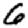
Digit: 6